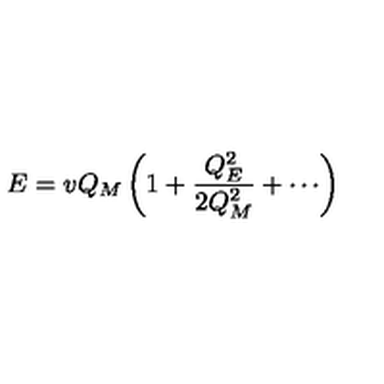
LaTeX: E = v Q _ { M } \left( 1 + { \frac { Q _ { E } ^ { 2 } } { 2 Q _ { M } ^ { 2 } } } + \cdots \right)